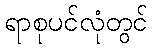
ရာစုပင်လုံတွင်